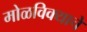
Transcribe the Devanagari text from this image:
मोळविक्याचे